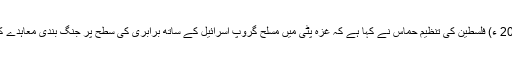
بدھ 30 مئی 2018 ء) فلسطین کی تنظیم حماس نے کہا ہے کہ غزہ پٹی میں مسلح گروپ اسرائیل کے ساتھ برابری کی سطح پر جنگ بندی معاہدے کے لیے تیار ہے۔